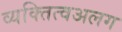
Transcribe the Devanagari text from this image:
व्यक्तित्वअलग